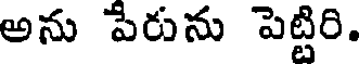
అను పేరును పెట్టిరి.